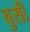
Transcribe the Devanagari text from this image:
वुसी